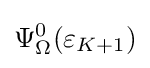
\Psi _{\Omega }^{0}(\varepsilon _{K+1})